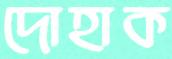
দোহাক